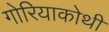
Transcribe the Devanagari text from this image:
गोरियाकोथी